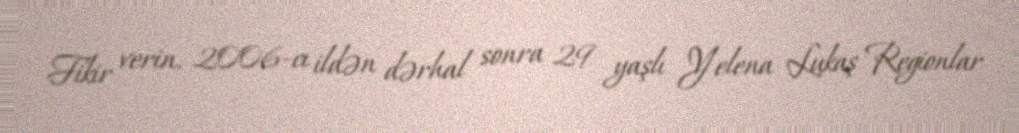
Fikir verin, 2006-cı ildən dərhal sonra 29 yaşlı Yelena Lukaş Regionlar